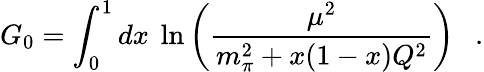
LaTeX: G_{0}=\int_{0}^{1}dx\ \ln\left({\frac{\mu^{2}}{m_{\pi}^{2}+x(1-x)Q^{2}}}\right)\ \ \ .